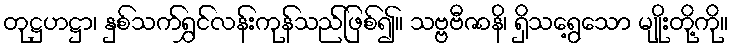
တုဋ္ဌဟဋ္ဌာ၊ နှစ်သက်ရွှင်လန်းကုန်သည်ဖြစ်၍။ သဗ္ဗဗီဇာနိ၊ ရှိသရွေ့သော မျိုးတို့ကို။